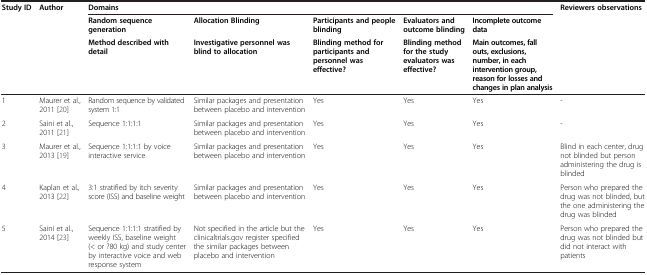
<table><thead><tr><td rowspan="3"><b>Study ID</b></td><td rowspan="3"><b>Author</b></td><td colspan="5"><b>Domains</b></td><td rowspan="3"><b>Reviewers observations</b></td></tr><tr><td><b>Random sequence generation</b></td><td><b>Allocation Blinding</b></td><td><b>Participants and people blinding</b></td><td><b>Evaluators and outcome blinding</b></td><td><b>Incomplete outcome data</b></td></tr><tr><td><b>Method described with detail</b></td><td><b>Investigative personnel was blind to allocation</b></td><td><b>Blinding method for participants and personnel was effective?</b></td><td><b>Blinding method for the study evaluators was effective?</b></td><td><b>Main outcomes, fall outs, exclusions, number, in each intervention group, reason for losses and changes in plan analysis</b></td></tr></thead><tbody><tr><td>1</td><td>Maurer et al., 2011 [20]</td><td>Random sequence by validated system 1:1</td><td>Similar packages and presentation between placebo and intervention</td><td>Yes</td><td>Yes</td><td>Yes</td><td>-</td></tr><tr><td>2</td><td>Saini et al., 2011 [21]</td><td>Sequence 1:1:1:1</td><td>Similar packages and presentation between placebo and intervention</td><td>Yes</td><td>Yes</td><td>Yes</td><td>-</td></tr><tr><td>3</td><td>Maurer et al., 2013 [19]</td><td>Sequence 1:1:1:1 by voice interactive service</td><td>Similar packages and presentation between placebo and intervention</td><td>Yes</td><td>Yes</td><td>Yes</td><td>Blind in each center, drug not blinded but person administering the drug is blinded</td></tr><tr><td>4</td><td>Kaplan et al., 2013 [22]</td><td>3:1 stratified by itch severity score (ISS) and baseline weight</td><td>Similar packages and presentation between placebo and intervention</td><td>Yes</td><td>Yes</td><td>Yes</td><td>Person who prepared the drug was not blinded, but the one administering the drug was blinded</td></tr><tr><td>5</td><td>Saini et al., 2014 [23]</td><td>Sequence 1:1:1:1 stratified by weekly ISS, baseline weight (&lt; or ?80 kg) and study center by interactive voice and web response system</td><td>Not specified in the article but the clinicaltrials.gov register specified the similar packages between placebo and intervention</td><td>Yes</td><td>Yes</td><td>Yes</td><td>Person who prepared the drug was not blinded but did not interact with patients</td></tr></tbody></table>